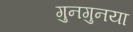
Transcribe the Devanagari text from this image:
गुनगुनया